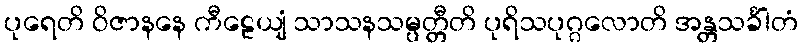
ပုရေတိ ဝိဇာနနေ ကီဠေယျံ သာသနသမ္ပတ္တီတိ ပုရိသပုဂ္ဂလောတိ အန္တသင်္ခါတံ